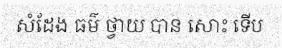
សំដែង ធម៌ ថ្វាយ បាន សោះ ទើប